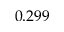
0 . 2 9 9